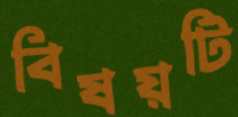
বিষয়টি